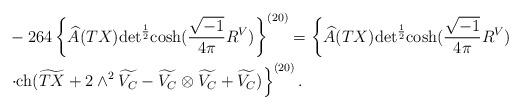
LaTeX: \begin{align*}&-264\left\{\widehat{A}(TX){\rm det}^{\frac{1}{2}}{\rm cosh}(\frac{\sqrt{-1}}{4 \pi}R^V)\right\}^{(20)}=\left\{\widehat{A}(TX){\rm det}^{\frac{1}{2}}{\rm cosh}(\frac{\sqrt{-1}}{4 \pi}R^V)\right.\\&\left.\cdot{\rm ch}(\widetilde{TX}+2\wedge^2\widetilde{V_C}-\widetilde{V_C}\otimes \widetilde{V_C}+\widetilde{V_C})\right\}^{(20)}.\end{align*}